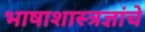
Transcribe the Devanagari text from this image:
भाषाशास्त्रज्ञांचे